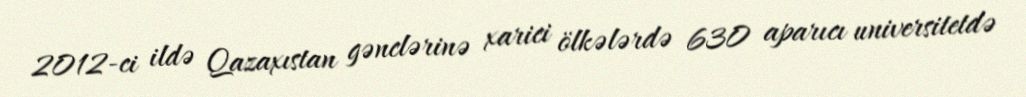
2012-ci ildə Qazaxıstan gənclərinə xarici ölkələrdə 630 aparıcı universitetdə